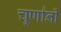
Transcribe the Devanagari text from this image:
चूर्णांनी